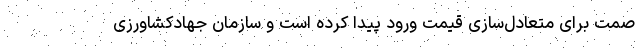
صمت برای متعادل‌سازی قیمت ورود پیدا کرده است و سازمان جهادکشاورزی